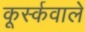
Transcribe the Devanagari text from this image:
कूर्स्कवाले